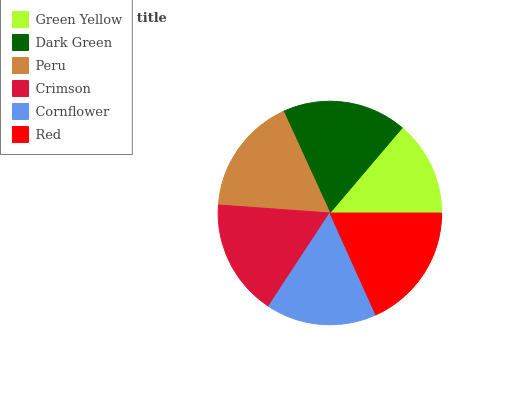
| Green Yellow | Dark Green | Peru | Crimson | Cornflower | Red |
 | --- | --- | --- | --- | --- | --- |
 | 13.8% | 18% | 17% | 16.9% | 15.9% | 18.3% |